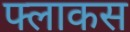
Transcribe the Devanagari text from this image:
फ्लाकस